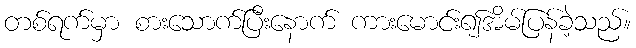
တစ်ရက်မှာ စားသောက်ပြီးနောက် ကားမောင်း၍အိမ်ပြန်ခဲ့သည်။